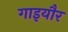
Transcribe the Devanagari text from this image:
गाइयौर